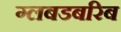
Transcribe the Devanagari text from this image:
ग्लबडबरिब